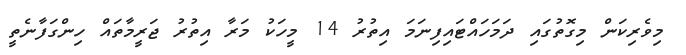
މިވެރިކަން މިގޮތުގައި ދަމަހައްޓައިފިނަމަ އިތުރު 14 މީހަކު މަރާ އިތުރު ޖަރީމާތައް ހިންގަފާނެތީ